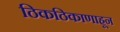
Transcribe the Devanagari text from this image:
ठिकठिकाणाहून